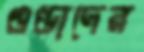
গুণ্ডাদের